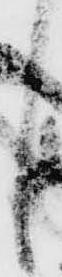
し